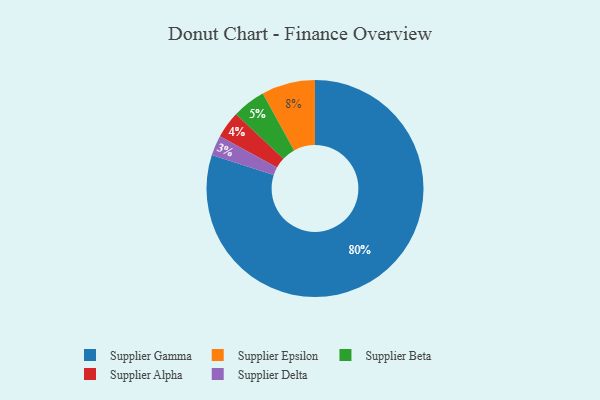
{"axis": {"x": "Category", "y": "Percentage"}, "legend": ["Supplier Alpha", "Supplier Beta", "Supplier Delta", "Supplier Epsilon", "Supplier Gamma"], "data": [{"x": "Supplier Gamma", "y": 80, "type": "Supplier Gamma"}, {"x": "Supplier Delta", "y": 3, "type": "Supplier Delta"}, {"x": "Supplier Epsilon", "y": 8, "type": "Supplier Epsilon"}, {"x": "Supplier Beta", "y": 5, "type": "Supplier Beta"}, {"x": "Supplier Alpha", "y": 4, "type": "Supplier Alpha"}]}